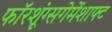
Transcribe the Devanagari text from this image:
फॉरशूंग्सगेमेंशाफ्ट